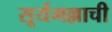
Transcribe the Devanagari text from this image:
सूर्यमल्लाची